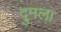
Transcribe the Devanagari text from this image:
दुमला